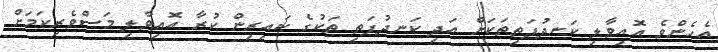
އެހެންވެ އޮއިވާލި ކަނދުފަތިތަކަށް އަދި ކަނދުފަތި ތަކުގެ ކައިރިން ކުރާ އޮއިވާލި މަސްވެރިކަމަށް